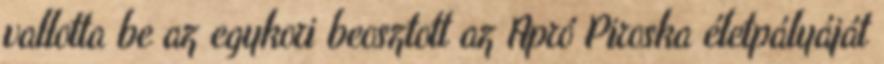
vallotta be az egykori beosztott az Apró Piroska életpályáját